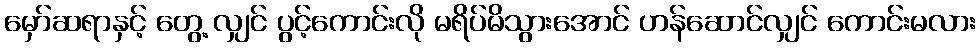
မှော်ဆရာနှင့် တွေ့ လျှင် ပွင့်ကောင်းလို မရိပ်မိသွားအောင် ဟန်ဆောင်လျှင် ကောင်းမလား